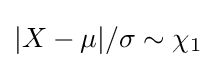
{\textstyle |X-\mu |/\sigma \sim \chi _{1}}